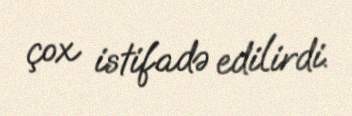
çox istifadə edilirdi.